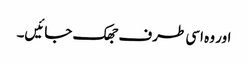
اور وہ اسی طرف جھک جائیں۔